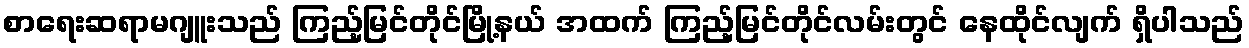
စာရေးဆရာမဂျူးသည် ကြည့်မြင်တိုင်မြို့နယ် အထက် ကြည့်မြင်တိုင်လမ်းတွင် နေထိုင်လျက် ရှိပါသည်